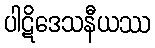
ပါဋိဒေသနီယဿ